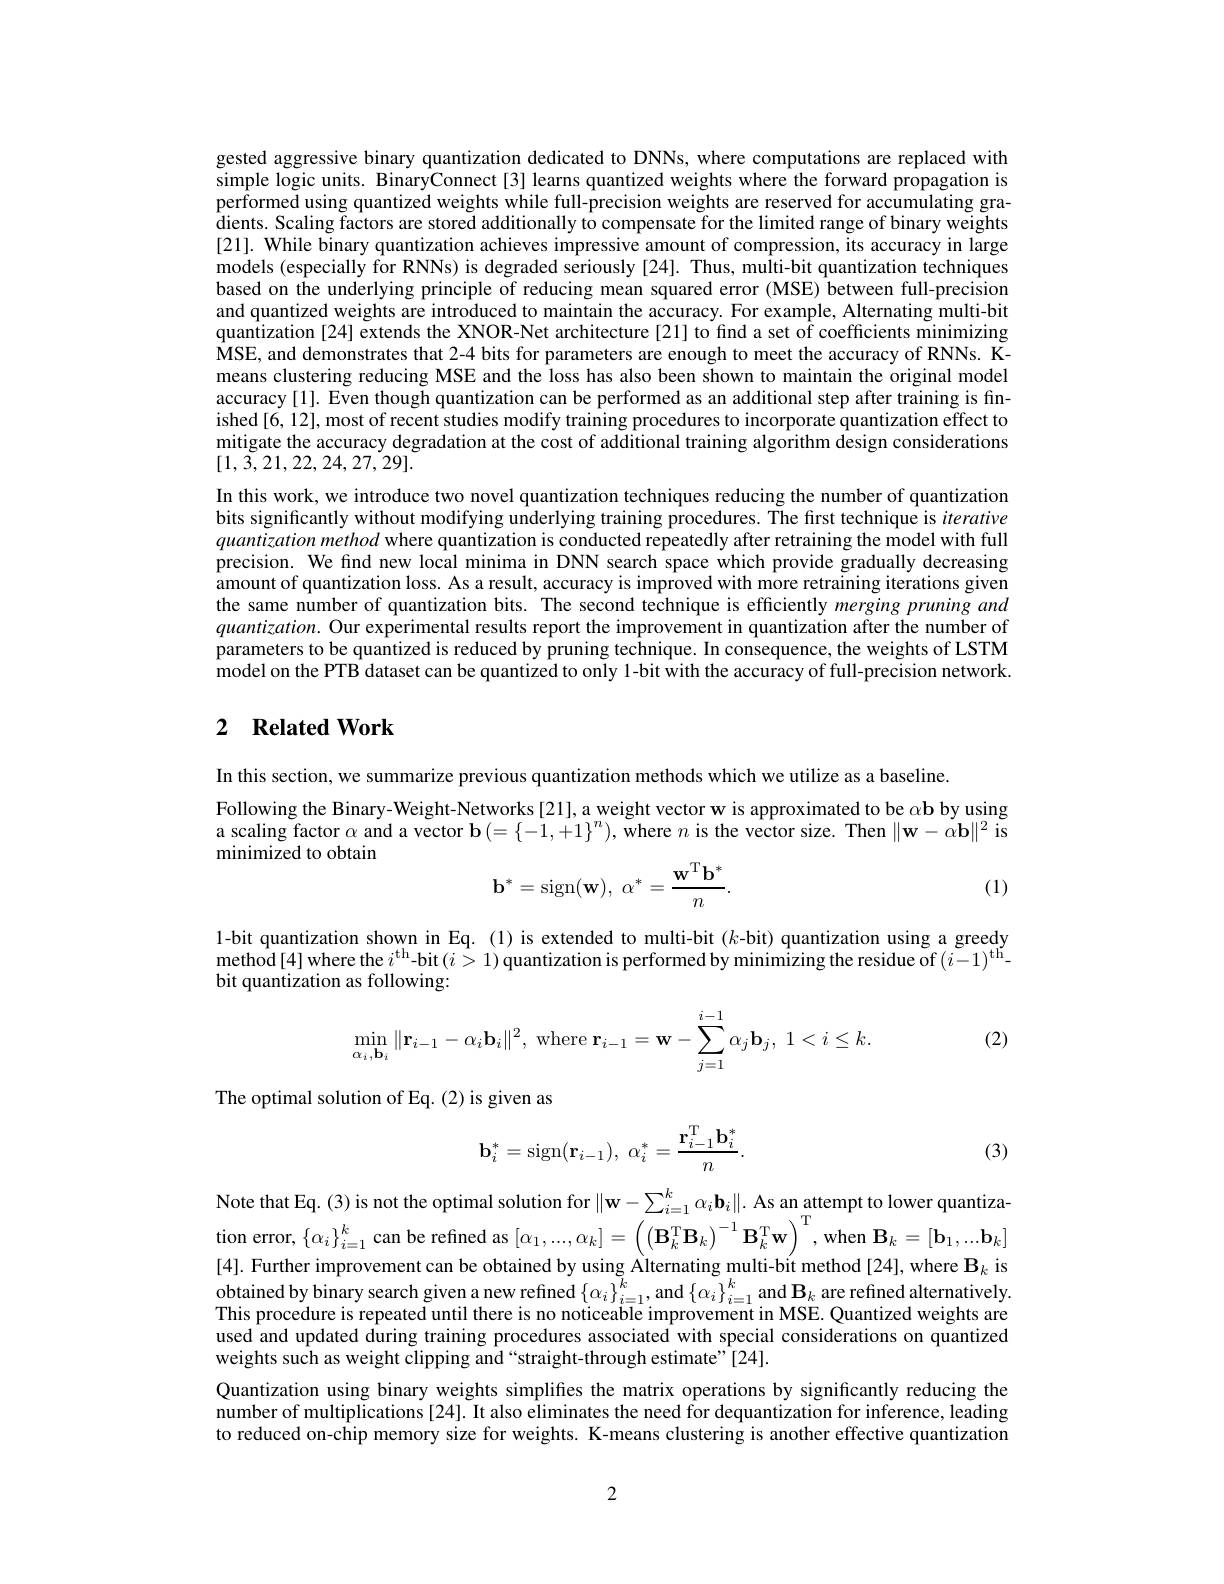
gested aggressive binary quantization dedicated to DNNs, where computations are replaced with simple logic units. BinaryConnect [3] learns quantized weights where the forward propagation is performed using quantized weights while full-precision weights are reserved for accumulating gradients. Scaling factors are stored additionally to compensate for the limited range of binary weights [21]. While binary quantization achieves impressive amount of compression, its accuracy in large models (especially for RNNs) is degraded seriously [24]. Thus, multi-bit quantization techniques based on the underlying principle of reducing mean squared error (MSE) between full-precision and quantized weights are introduced to maintain the accuracy. For example, Alternating multi-bit quantization [24] extends the XNOR-Net architecture[21] to find a set of coefficients minimizing MSE, and demonstrates that 2-4 bits for parameters are enough to meet the accuracy of RNNs. Kmeans clustering reducing MSE and the loss has also been shown to maintain the original model accuracy [1]. Even though quantization can be performed as an additional step after training is finished[6,12], most of recent studies modify training procedures to incorporate quantization effect to mitigate the accuracy degradation at the cost of additional training algorithm design considerations [1,3,21,22,24,27,29].
In this work, we introduce two novel quantization techniques reducing the number of quantization bits significantly without modifying underlying training procedures. The first technique is iterative quantization method where quantization is conducted repeatedly after retraining the model with full precision. We find new local minima in DNN search space which provide gradually decreasing $\hat{\text{amount of quantization loss. As a result, accuracy is improved with more retraining iterations given}}$ the same number of quantization bits. The second technique is efficiently merging pruning and $quantization.$ Our experimental results report the improvement in quantization after the number of parameters to be quantized is reduced by pruning technique. In consequence, the weights of LSTM model on the PTB dataset can be quantized to only 1-bit with the accuracy of full-precision network.

## 2 $\textbf{Related Work}$

In this section, we summarize previous quantization methods which we utilize as a baseline.
Following the Binary-Weight-Networks[21],a weight vector w is approximated to be $\alpha\mathbf{b}$ by using a scaling factor $\alpha$ and a vector $\mathbf{b}\left(=\left\{-1,+1\right\}^n\right)$, where $n$ is the vector size. Then $\|\mathbf{w}-\alpha\mathbf{b}\|^2$ is minimized to obtain
$$\mathbf{b}^*=\mathrm{sign}(\mathbf{w}),\:\alpha^*=\frac{\mathbf{w}^\mathrm{T}\mathbf{b}^*}{n}.$$
(1)

$\begin{array}{c}\text{1-bit quantization shown in Eq.(1) is extended to multi-bit(k-bit) quantization using a greedy}\\\text{method[4] where the }i^\mathrm{th}-\mathrm{bit(i>1)~quantization~is~performed~by~minimizing~the~residue~of~(i-1)^\mathrm{th}-}\end{array}$
bit quantization as following:

(2)
$$\min\limits_{\alpha_i,\mathbf{b}_i}\|\mathbf{r}_{i-1}-\alpha_i\mathbf{b}_i\|^2,\:\text{where}\:\mathbf{r}_{i-1}=\mathbf{w}-\sum\limits_{j=1}^{i-1}\alpha_j\mathbf{b}_j,\:1<i\leq k.$$
The optimal solution of Eq. (2) is given as
$$\mathbf{b}_{i}^{*}=\mathrm{sign}(\mathbf{r}_{i-1}),\:\alpha_{i}^{*}=\frac{\mathbf{r}_{i-1}^{\mathrm{T}}\mathbf{b}_{i}^{*}}{n}.$$
(3)

Note that Eq.(3) is not the optimal solution for $\|\mathbf{w}-\sum_{i=1}^k\alpha_i\mathbf{b}_i\|.$ As an attempt to lower quantiza- $\textbf{tion error, }\left \{ \alpha _{i}\right \} _{i= 1}^{k}$can be refined as $\left[\alpha_{1},...,\alpha_{k}\right]=\left(\left(\mathbf{B}_{k}^{\mathrm{T}}\mathbf{B}_{k}\right)^{-1}\mathbf{B}_{k}^{\mathrm{T}}\mathbf{w}\right)^{1}$,when $\mathbf{B}_{k}=\left[\mathbf{b}_{1},...\mathbf{b}_{k}\right]$ [4]. Further improvement can be obtained by using Alternating multi-bit method [24], where $\mathbf{B}_k$ is $\hat{\text{obtained by binary search given a new refined }\{\alpha_i\}}_{i=1}^k$,and $\{\alpha_i\}_{i=1}^k$ and $\mathbf{B}_k$ are refined alternatively This procedure is repeated until there is no noticeable improvement in MSE. Quantized weights are used and updated during training procedures associated with special considerations on quantized weights such as weight clipping and“straight-through estimate”[24].
Quantization using binary weights simplifies the matrix operations by significantly reducing the number of multiplications [24]. It also eliminates the need for dequantization for inference, leading to reduced on-chip memory size for weights. K-means clustering is another effective quantization

2